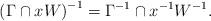
LaTeX: \begin{align*}\left( \Gamma\cap x W \right) ^{-1} = \Gamma^{-1} \cap x^{-1} W^{-1}.\end{align*}